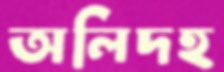
অলিদহ